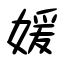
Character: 媛